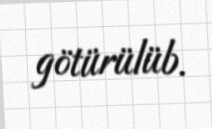
götürülüb.